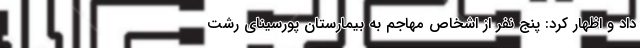
داد و اظهار کرد: پنج نفر از اشخاص مهاجم به بیمارستان پورسینای رشت